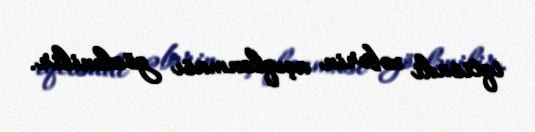
iqtisadi xəbərin açıqlanması gözlənilir.